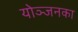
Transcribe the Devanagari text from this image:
योञ्जनका